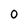
Character: 0